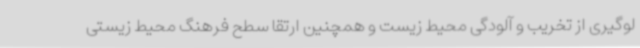
لوگیری از تخریب و آلودگی محیط زیست و همچنین ارتقا سطح فرهنگ محیط زیستی